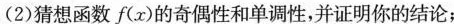
(2)猜想函数f(x)的奇偶性和单调性，并证明你的结论；